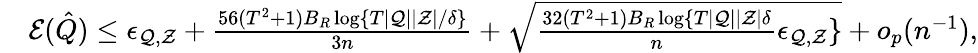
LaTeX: \begin{array}{rl}&{\mathcal{E}(\hat{Q})\leq\epsilon_{\mathcal{Q},\mathcal{Z}}+\frac{56(T^{2}+1)B_{R}\log\{ {T|\mathcal{Q}||\mathcal{Z}|}/{\delta}\} }{3n}+\sqrt{\frac{32(T^{2}+1)B_{R}\log\{ {T|\mathcal{Q}||\mathcal{Z}|}{\delta}}{n}\epsilon_{\mathcal{Q},\mathcal{Z}}\} }+o_{p}(n^{-1}),}\end{array}